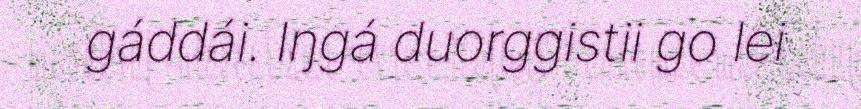
gáddái. Iŋgá duorggistii go lei